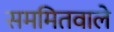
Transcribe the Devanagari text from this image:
सममितवाले